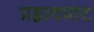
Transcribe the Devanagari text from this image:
प्रह्लादघाट